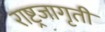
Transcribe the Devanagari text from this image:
राष्ट्रजागृती